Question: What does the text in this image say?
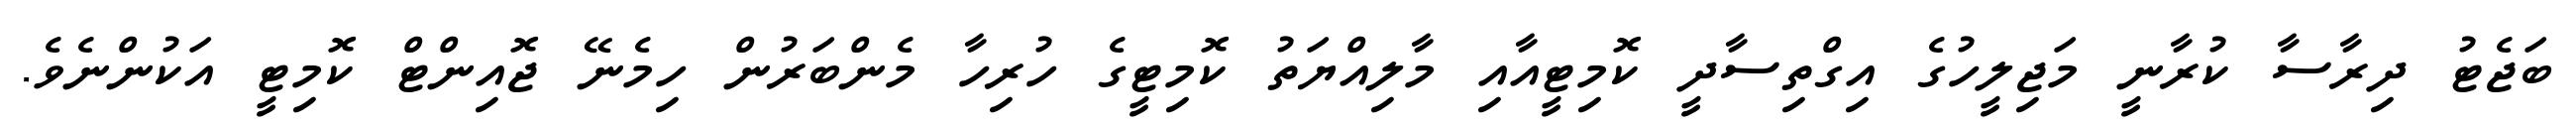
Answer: ބަޖެޓު ދިރާސާ ކުރާނީ މަޖިލީހުގެ އިގްތިސާދީ ކޮމިޓީއާއި މާލިއްޔަތު ކޮމިޓީގެ ހުރިހާ މެންބަރުން ހިމެނޭ ޖޮއިންޓް ކޮމިޓީ އަކުންނެވެ.